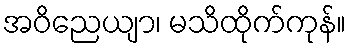
အဝိညေယျာ၊ မသိထိုက်ကုန်။